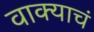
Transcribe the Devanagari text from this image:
वाक्याचं